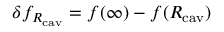
\delta f _ { R _ { \mathrm { c a v } } } = f ( \infty ) - f ( R _ { \mathrm { c a v } } )